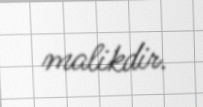
malikdir.